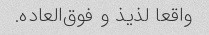
واقعا لذیذ و فوق‌العاده.